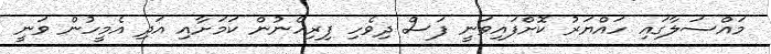
މައްސަލާގައި ހައްޔަރު ކޮށްފައިވަނީ ފަސް ދިވެހި ފިރިހެނުން ކަމަށާއި އަދި އެމީހުން ވަނީ